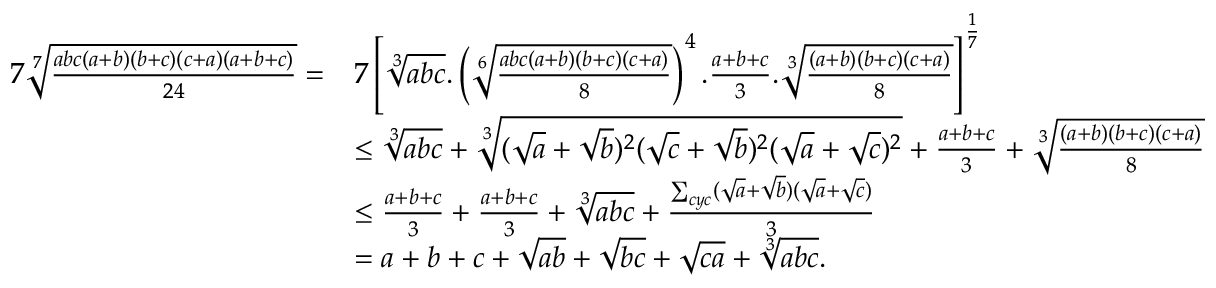
\begin{array} { r l } { 7 \sqrt [ 7 ] { \frac { a b c ( a + b ) ( b + c ) ( c + a ) ( a + b + c ) } { 2 4 } } = } & { 7 \left[ \sqrt [ 3 ] { a b c } . \left( \sqrt [ 6 ] { \frac { a b c ( a + b ) ( b + c ) ( c + a ) } { 8 } } \right) ^ { 4 } . \frac { a + b + c } { 3 } . \sqrt [ 3 ] { \frac { ( a + b ) ( b + c ) ( c + a ) } { 8 } } \right] ^ { \frac { 1 } { 7 } } } \\ & { \le \sqrt [ 3 ] { a b c } + \sqrt [ 3 ] { ( \sqrt { a } + \sqrt { b } ) ^ { 2 } ( \sqrt { c } + \sqrt { b } ) ^ { 2 } ( \sqrt { a } + \sqrt { c } ) ^ { 2 } } + \frac { a + b + c } { 3 } + \sqrt [ 3 ] { \frac { ( a + b ) ( b + c ) ( c + a ) } { 8 } } } \\ & { \le \frac { a + b + c } { 3 } + \frac { a + b + c } { 3 } + \sqrt [ 3 ] { a b c } + \frac { \sum _ { c y c } ( \sqrt { a } + \sqrt { b } ) ( \sqrt { a } + \sqrt { c } ) } { 3 } } \\ & { = a + b + c + \sqrt { a b } + \sqrt { b c } + \sqrt { c a } + \sqrt [ 3 ] { a b c } . } \end{array}